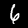
Label: 6